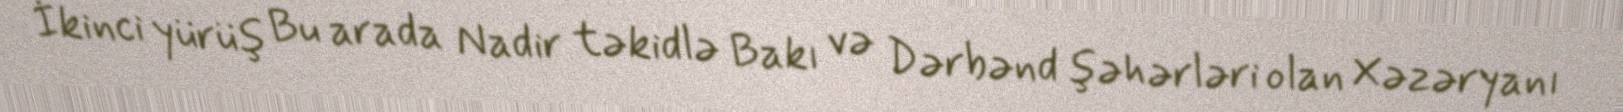
İkinci yürüş Bu arada Nadir təkidlə Bakı və Dərbənd şəhərləri olan Xəzəryanı